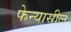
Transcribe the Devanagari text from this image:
फेन्यासील